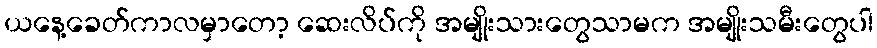
ယနေ့ခေတ်ကာလမှာတော့ ဆေးလိပ်ကို အမျိုးသားတွေသာမက အမျိုးသမီးတွေပါ